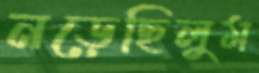
নড়েছিলুম